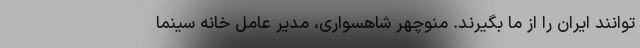
توانند ایران را از ما بگیرند. منوچهر شاهسواری، مدیر عامل خانه سینما